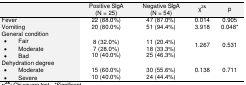
<table><thead><tr><td>[EMPTY_CELL]</td><td><b>Positive SIgA(N = 25)</b></td><td><b>Negative SIgA(N = 54)</b></td><td><b>χ<sup>2&amp;</sup></b></td><td><b>p</b></td></tr></thead><tbody><tr><td>Fever</td><td>22 (88.0%)</td><td>47 (87.0%)</td><td>0.014</td><td>0.905</td></tr><tr><td>Vomiting</td><td>20 (80.0%)</td><td>51 (94.4%)</td><td>3.918</td><td>0.048*</td></tr><tr><td colspan="5">General condition</td></tr><tr><td>• Fair</td><td>8 (32.0%)</td><td>11 (20.4%)</td></tr><tr><td>• Moderate</td><td>7 (28.0%)</td><td>18 (33.3%)</td><td rowspan="3">1.267</td><td rowspan="3">0.531</td></tr><tr><td>• Bad</td><td>10 (40.0%)</td><td>25 (46.3%)</td></tr><tr><td colspan="5">Dehydration degree</td></tr><tr><td>• Moderate</td><td>15 (60.0%)</td><td>30 (55.6%)</td><td rowspan="2">0.138</td><td rowspan="2">0.711</td></tr><tr><td>• Severe</td><td>10 (40.0%)</td><td>24 (44.4%)</td></tr></tbody></table>